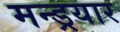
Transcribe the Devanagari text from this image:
मन्ड्रयार